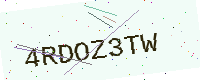
Text: 4RDOZ3TW